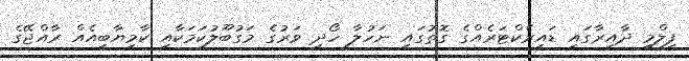
ފިލްމީ ދާއިރާގައި ޑައިރެކްޓަރެއްގެ ގޮތުގައި ނަހުލާ ހޯދި ވަރުގެ މަގުބޫލުކަމަކާއި ކާމިޔާބީއެއް ރާއްޖޭގެ